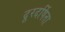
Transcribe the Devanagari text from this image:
दूरदर्षिता